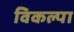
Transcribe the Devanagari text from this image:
विकल्पा